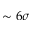
\sim 6 \sigma